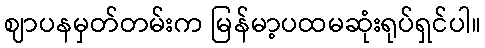
ဈာပနမှတ်တမ်းက မြန်မာ့ပထမဆုံးရုပ်ရှင်ပါ။